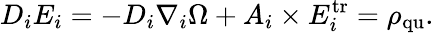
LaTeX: D_{i}E_{i}=-D_{i}\nabla_{i}\Omega+A_{i}\times E_{i}^{\mathrm{tr}}=\rho_{\mathrm{qu}}.